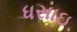
ધસાઇ